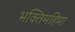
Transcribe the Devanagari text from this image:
भक्तिमहिमा